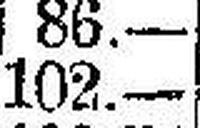
102.—